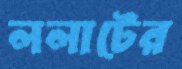
ললাটের